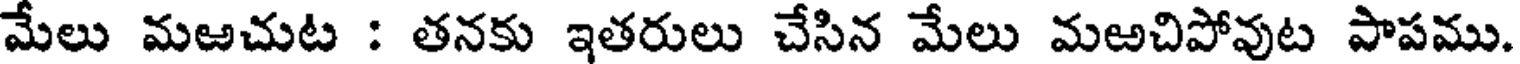
మేలు మఱచుట : తనకు ఇతరులు చేసిన మేలు మఱచిపోవుట పాపము.